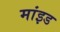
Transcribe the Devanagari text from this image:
मांइड